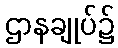
ဌာနချုပ်၌